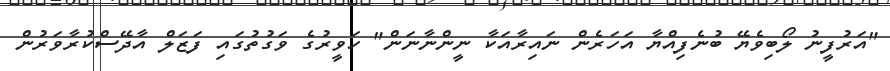
"އަރުފީނު ލޯބިވެޔޭ ބުނެފިއްޔާ އަހަރެން ނައިރާއަކާ ނީންނާނަން" ހަވީރުގެ ވަގުތުގައި ފަޒަލް އާދޭސްކުރާވަރުން